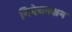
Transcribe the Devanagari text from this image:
निषेचनक्षम